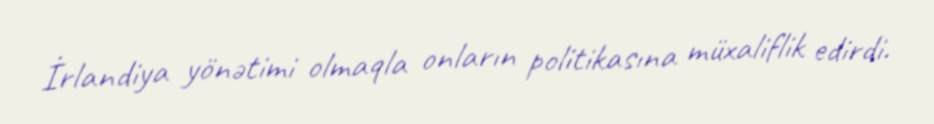
İrlandiya yönətimi olmaqla onların politikasına müxaliflik edirdi.